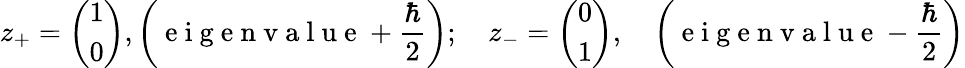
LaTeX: z_{+}=\left(\begin{array}{l}{1}\\ {0}\end{array}\right),\left(\mathrm{~e~i~g~e~n~v~a~l~u~e~}+\frac{\hbar}{2}\right);\quad z_{-}=\left(\begin{array}{l}{0}\\ {1}\end{array}\right),\quad\left(\mathrm{~e~i~g~e~n~v~a~l~u~e~}-\frac{\hbar}{2}\right)